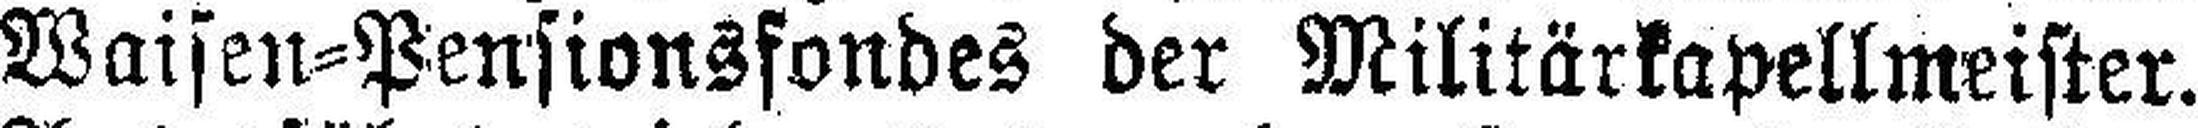
Waisen=Pensionsfondes der Militärkapellmeister.